Vaccination in Burma 1920-1933 - 1920-1933
Year: 1920
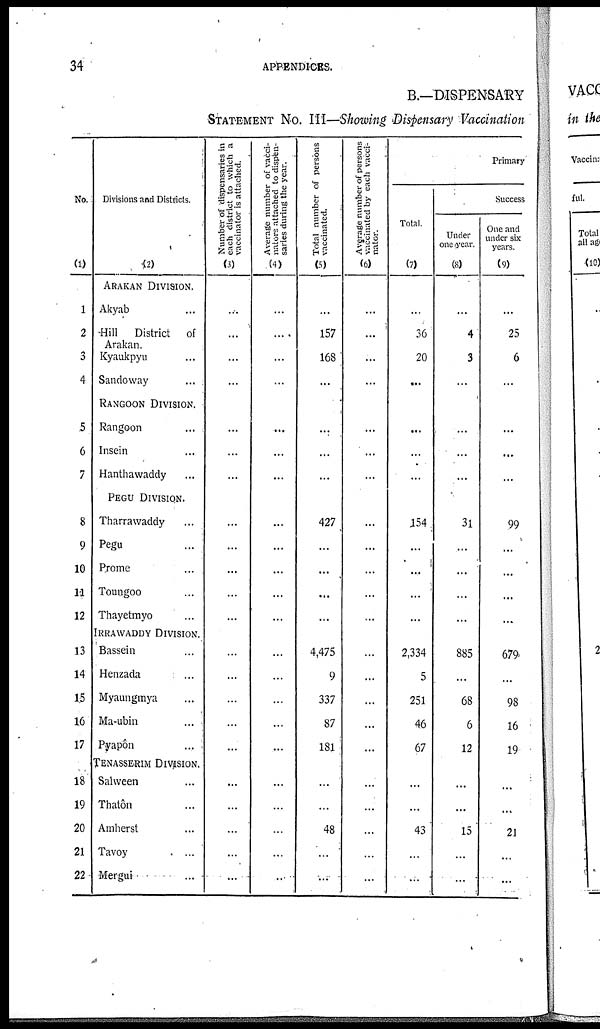
34
APPENDICES.
B.—DISPENSARY
STATEMENT No. III—Showing Dispensary Vaccination
No.
(1)
1
2
3
4
5
6
7
8
9
10
11
12
13
14
15
16
17
18
19
20
21
22
Divisions and Districts.
(2)
ARAKAN DIVISION.
Akyab... ... ...
Hill District of... ... ...
Arakan.
Kyaukpyu... ... ...
Sandoway... ... ...
RANGOON DIVISION.
Rangoon... ... ...
Insein... ... ...
Hanthawaddy... ... ...
PEGU DIVISION.
Tharrawaddy... ... ...
Pegu... ... ...
Prome... ... ...
Toungoo... ... ...
Thayetmyo... ... ...
IRRAWADDY DIVISION.
Bassein... ... ...
Henzada... ... ...
Myaungmya... ... ...
Ma-ubin... ... ...
Pyapôn... ... ...
TENASSERIM DIVISION.
Salween... ... ...
Thatôn... ... ...
Amherst... ... ...
Tavoy... ... ...
Mergui... ... ...
Number of dispensaries in
each district to which a
vaccinator is attached.
(3)
...
...
...
...
...
...
...
...
...
...
...
...
...
...
...
...
...
...
...
...
...
...
Average number of vacci-
nators attached to dispen-
saries during the year.
(4)
...
....
...
...
...
...
...
...
...
...
...
...
...
...
...
...
...
...
...
...
...
...
Total number of persons
vaccinated.
(5)
...
157
168
...
...
...
...
427
...
...
...
...
4,475
9
337
87
181
...
...
48
...
...
Average number of persons
vaccinated by each vacci-
nator.
(6)
...
...
...
...
...
...
...
...
...
...
...
...
...
...
...
...
...
...
...
...
...
...
Primary
Total.
(7)
...
36
20
...
...
...
...
154
...
...
...
...
2,334
5
251
46
67
...
...
43
...
...
Success
Under
one year.
(8)
...
4
3
...
...
...
...
31
...
...
...
...
885
...
68
6
12
...
...
15
...
...
One and
under six
years.
(9)
...
25
6
...
...
...
...
99
...
...
...
...
679
...
98
16
19
...
...
21
...
...